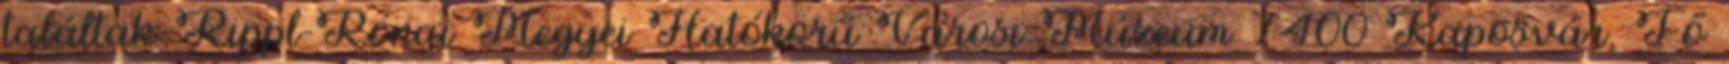
találtak Rippl-Rónai Megyei Hatókörű Városi Múzeum 7400 Kaposvár, Fő